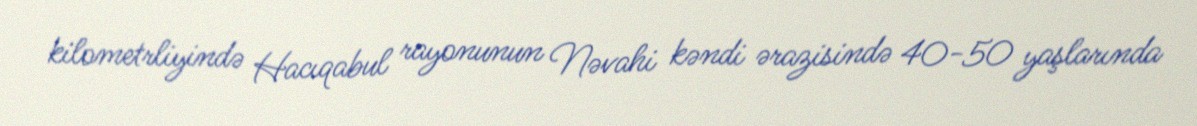
kilometrliyində Hacıqabul rayonunun Nəvahi kəndi ərazisində 40-50 yaşlarında